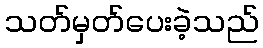
သတ်မှတ်ပေးခဲ့သည်